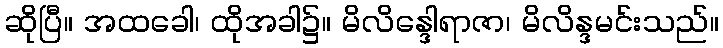
ဆိုပြီ။ အထခေါ၊ ထိုအခါ၌။ မိလိန္ဒေါရာဇာ၊ မိလိန္ဒမင်းသည်။